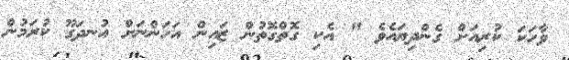
ވާހަކަ ކުރިއަށް ގެންދިޔައެވެ " އެކި ގޮތްގޮތުން ޒައިން އަހަންނަށް އުނދަގޫ ކުރަމުން